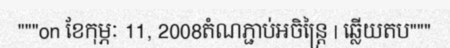
"""on ខែកុម្ភៈ 11, 2008តំណភ្ជាប់អចិន្ត្រៃ | ឆ្លើយតប"""